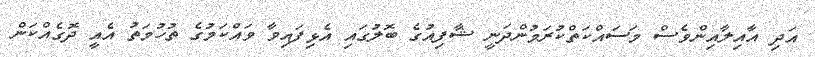
އަދި އާއިލާއިންވެސް މަސައްކަތްކުރަމުންދަނީ ޝާފިއުގެ ބޮލުގައި އެޅިފައިވާ ވައްކަމުގެ ތުހުމަތު އެއީ ދޮގެއްކަން